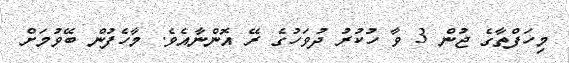
މިހަފްތާގެ ޖުން 3 ވާ ހުކުރު ދުވަހުގެ ރޭ އޮންނާއެވެ. މާހެފުން ބޭވުމަށް